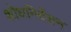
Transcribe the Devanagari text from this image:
शोधनिर्देशन